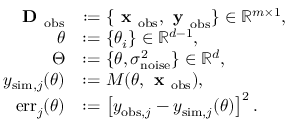
\begin{array} { r l } { \textbf { D } _ { \mathrm { o b s } } } & { : = \{ \textbf { x } _ { \mathrm { o b s } } , \textbf { y } _ { \mathrm { o b s } } \} \in \mathbb { R } ^ { m \times 1 } , } \\ { \theta } & { : = \{ \theta _ { i } \} \in \mathbb { R } ^ { d - 1 } , } \\ { \Theta } & { : = \{ \theta , \sigma _ { \mathrm { n o i s e } } ^ { 2 } \} \in \mathbb { R } ^ { d } , } \\ { y _ { \mathrm { s i m } , j } ( \theta ) } & { : = M ( \theta , \textbf { x } _ { \mathrm { o b s } } ) , } \\ { \mathrm { e r r } _ { j } ( \theta ) } & { : = \left[ y _ { \mathrm { o b s } , j } - y _ { \mathrm { s i m } , j } ( \theta ) \right] ^ { 2 } . } \end{array}